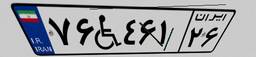
۹۰W۶۸۵۲۴